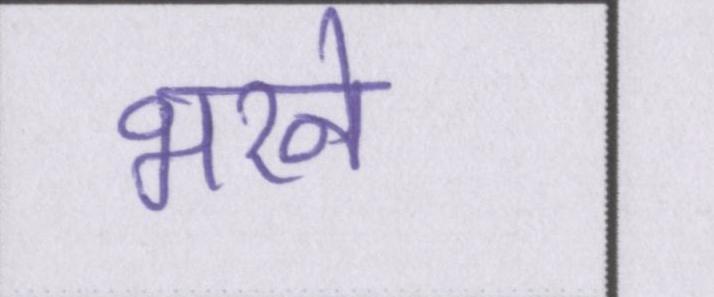
भरने